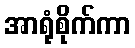
အာရုံစိုက်ကာ